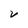
Character: V